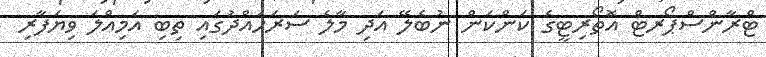
ޓްރާންސްޕޯރޓް އޮތޯރިޓީގެ ކަންކަން ނުބެލޭ އަދި މާލެ ސަރަަހައްދުގައި ތިބި އަމިއްލަ ވިޔަފާރި